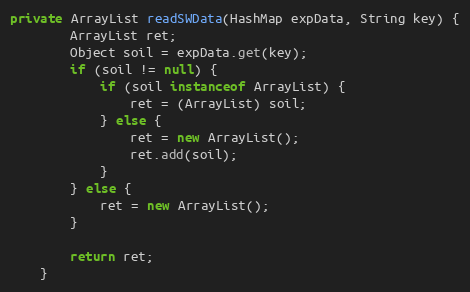
Language: Java
private ArrayList readSWData(HashMap expData, String key) {
        ArrayList ret;
        Object soil = expData.get(key);
        if (soil != null) {
            if (soil instanceof ArrayList) {
                ret = (ArrayList) soil;
            } else {
                ret = new ArrayList();
                ret.add(soil);
            }
        } else {
            ret = new ArrayList();
        }

        return ret;
    }